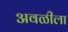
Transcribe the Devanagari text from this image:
अवळीला